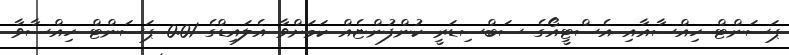
ޕަސަންޓް ހިއްސާއާއި އެސްޓީއޯގެ ސަބްސިޑަރީ ކުންފުންޏެއް ކަމަށްވާ އެލައިޑްގެ 0.01 ޕަސަންޓް ހިއްސާވާ